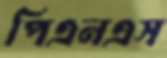
পিএনএস